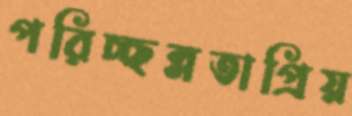
পরিচ্ছন্নতাপ্রিয়